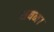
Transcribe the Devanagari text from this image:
शयन।